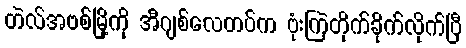
တဲလ်အဗစ်မြို့ကို အီဂျစ်လေတပ်က ဗုံးကြဲတိုက်ခိုက်လိုက်ပြီ